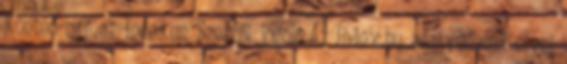
Konteó-nap az Indexen Szerzői jogok Az Index.hu adatvédelmi elvei